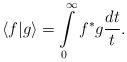
LaTeX: \begin{align*}\langle f\vert g\rangle=\int\limits_0^\infty f^* g\frac{dt}{t}. \end{align*}